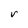
Character: V